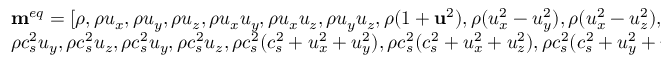
\begin{array} { l } { { { \bf { m } } ^ { e q } } = [ \rho , \rho { u _ { x } } , \rho { u _ { y } } , \rho { u _ { z } } , \rho { u _ { x } } { u _ { y } } , \rho { u _ { x } } { u _ { z } } , \rho { u _ { y } } { u _ { z } } , \rho ( 1 + { { \bf { u } } ^ { 2 } } ) , \rho ( u _ { x } ^ { 2 } - u _ { y } ^ { 2 } ) , \rho ( u _ { x } ^ { 2 } - u _ { z } ^ { 2 } ) , \rho c _ { s } ^ { 2 } { u _ { x } } , \rho c _ { s } ^ { 2 } { u _ { x } } , } \\ { \rho c _ { s } ^ { 2 } { u _ { y } } , \rho c _ { s } ^ { 2 } { u _ { z } } , \rho c _ { s } ^ { 2 } { u _ { y } } , \rho c _ { s } ^ { 2 } { u _ { z } } , \rho c _ { s } ^ { 2 } ( c _ { s } ^ { 2 } + u _ { x } ^ { 2 } + u _ { y } ^ { 2 } ) , \rho c _ { s } ^ { 2 } ( c _ { s } ^ { 2 } + u _ { x } ^ { 2 } + u _ { z } ^ { 2 } ) , \rho c _ { s } ^ { 2 } ( c _ { s } ^ { 2 } + u _ { y } ^ { 2 } + u _ { z } ^ { 2 } ) { ] ^ { \mathrm { T } } } \mathrm { { } } } \end{array}